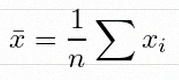
\bar{x}=\frac1n\sum x_i